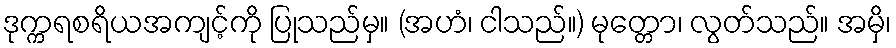
ဒုက္ကရစရိယအကျင့်ကို ပြုသည်မှ။ (အဟံ၊ ငါသည်။) မုတ္တော၊ လွတ်သည်။ အမှိ၊